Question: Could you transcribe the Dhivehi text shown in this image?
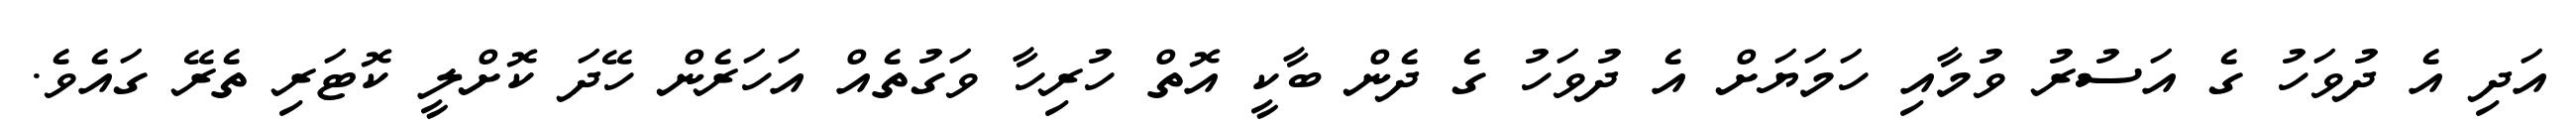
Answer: އަދި އެ ދުވަހު ގެ އަސުރު ވުމާއި ހަމަޔަށް އެ ދުވަހު ގެ ދެން ބާކީ އޮތް ހުރިހާ ވަގުތެއް އަހަރެން ހޭދަ ކޮށްލީ ކޮޓަރި ތެރޭ ގައެވެ.